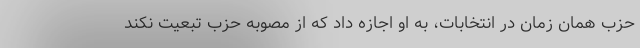
حزب همان زمان در انتخابات، به او اجازه داد که از مصوبه حزب تبعیت نکند